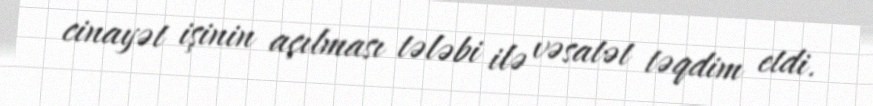
cinayət işinin açılması tələbi ilə vəsatət təqdim etdi.